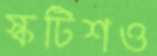
স্কটিশও